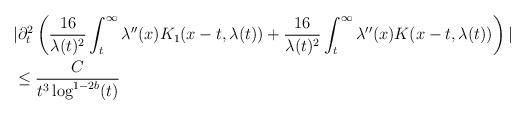
LaTeX: \begin{align*}&|\partial_{t}^{2} \left(\frac{16}{\lambda(t)^{2}} \int_{t}^{\infty} \lambda''(x) K_{1}(x-t,\lambda(t)) +\frac{16}{\lambda(t)^{2}} \int_{t}^{\infty} \lambda''(x) K(x-t,\lambda(t))\right)| \\&\leq \frac{C}{t^{3}\log^{1-2b}(t)}\end{align*}